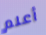
أعلم